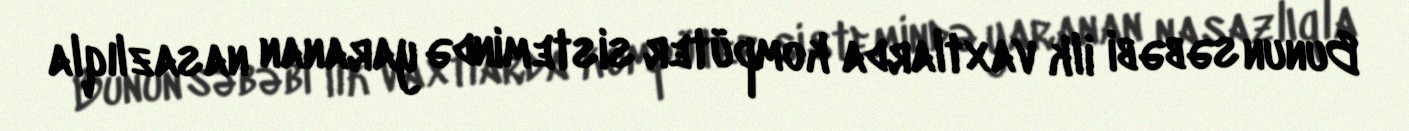
Bunun səbəbi ilk vaxtlarda kompüter sistemində yaranan nasazlıqla